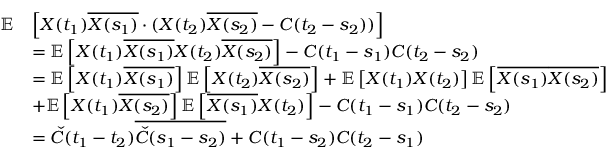
\begin{array} { r l } { \mathbb { E } } & { \left[ X ( t _ { 1 } ) \overline { { X ( s _ { 1 } ) } } \cdot ( X ( t _ { 2 } ) \overline { { X ( s _ { 2 } ) } } - C ( t _ { 2 } - s _ { 2 } ) ) \right] } \\ & { = \mathbb { E } \left[ X ( t _ { 1 } ) \overline { { X ( s _ { 1 } ) } } X ( t _ { 2 } ) \overline { { X ( s _ { 2 } ) } } \right] - C ( t _ { 1 } - s _ { 1 } ) C ( t _ { 2 } - s _ { 2 } ) } \\ & { = \mathbb { E } \left[ X ( t _ { 1 } ) \overline { { X ( s _ { 1 } ) } } \right] \mathbb { E } \left[ X ( t _ { 2 } ) \overline { { X ( s _ { 2 } ) } } \right] + \mathbb { E } \left[ X ( t _ { 1 } ) X ( t _ { 2 } ) \right] \mathbb { E } \left[ \overline { { X ( s _ { 1 } ) } } \overline { { X ( s _ { 2 } ) } } \right] } \\ & { + \mathbb { E } \left[ X ( t _ { 1 } ) \overline { { X ( s _ { 2 } ) } } \right] \mathbb { E } \left[ \overline { { X ( s _ { 1 } ) } } X ( t _ { 2 } ) \right] - C ( t _ { 1 } - s _ { 1 } ) C ( t _ { 2 } - s _ { 2 } ) } \\ & { = \check { C } ( t _ { 1 } - t _ { 2 } ) \overline { { \check { C } ( s _ { 1 } - s _ { 2 } ) } } + C ( t _ { 1 } - s _ { 2 } ) C ( t _ { 2 } - s _ { 1 } ) } \end{array}